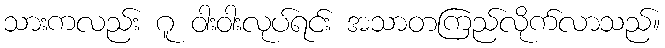
သားကလည်း ဂူ ဝါးဝါးလုပ်ရင်း အသာတကြည်လိုက်လာသည်။